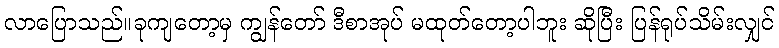
လာပြောသည်။ခုကျတော့မှ ကျွန်တော် ဒီစာအုပ် မထုတ်တော့ပါဘူး ဆိုပြီး ပြန်ရုပ်သိမ်းလျှင်